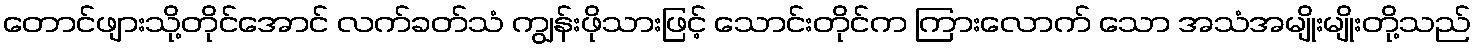
တောင်ဖျားသို့တိုင်အောင် လက်ခတ်သံ ကျွန်းဖိုသားဖြင့် သောင်းတိုင်က ကြားလောက် သော အသံအမျိုးမျိုးတို့သည်